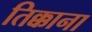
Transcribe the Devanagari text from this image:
तिक्काना